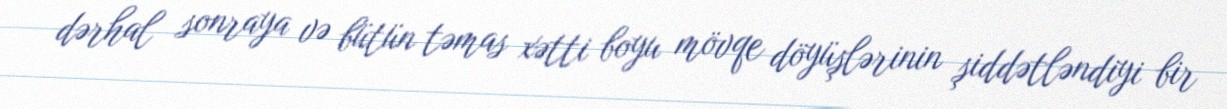
dərhal sonraya və bütün təmas xətti boyu mövqe döyüşlərinin şiddətləndiyi bir